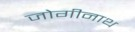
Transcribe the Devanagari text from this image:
जोगीनाथ